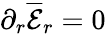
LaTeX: \partial_{r}\mathcal{\overline{{E}}}_{r}=0